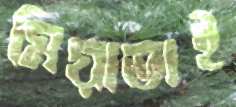
মিয়াভাই